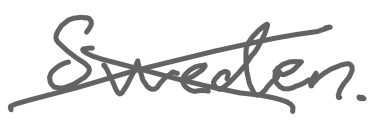
Text: Sweden.
Cross-out: cross
Writing tool: digital_gray